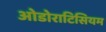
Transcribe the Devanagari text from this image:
ओडोराटिसियम